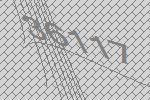
36117